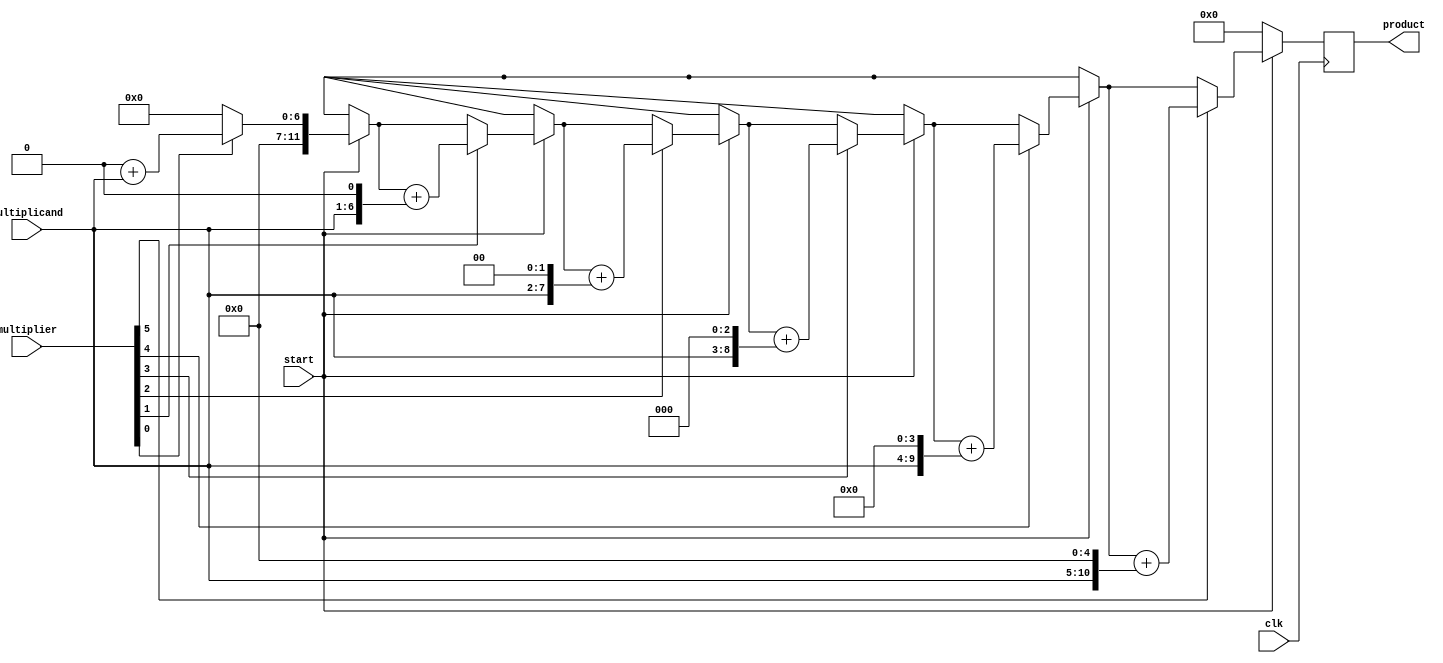
//`timescale 1ns / 1ps
module multiplier #(parameter size = 6)(
    input[size - 1:0] multiplier,
    input [size - 1:0] multiplicand,
    input clk,
    input start,
    output reg [(2*size) - 1 : 0] product
);
    reg [(2*size) - 1 : 0] m;
    reg [size-1:0] p;
    integer i;

    always @(posedge clk)
        if (start) begin
            product[(2*size)-1:0] = 0;
            m[(2*size)-1: size] = 0;
            m[size - 1:0] = multiplicand;
            p = multiplier;
            for (i = 0 ;i < size ;i = i + 1) begin
                if (p[0]) 
                    product[(2*size) - 1:0] = product[(2*size)-1:0] + m;
                m = m << 1;
                p = p >> 1;
            end
        end
        else 
            product = 0;
endmodule